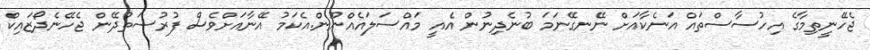
ޖެހޭނީތިމާގެ އިހުސާސްތައް އަނެކާއަށް ނޭނގޭނަމަ ބުނެދިނުން އެއީ މައްސަލައެއްނޫން.އެކަމު އޭނާއަށްވެސް ފުރުސަތުދޭން ޖެހޭނެދޯޒައިކް